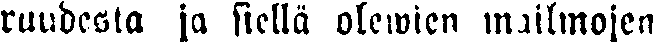
ruudesta ja siellä olewien mailmojen